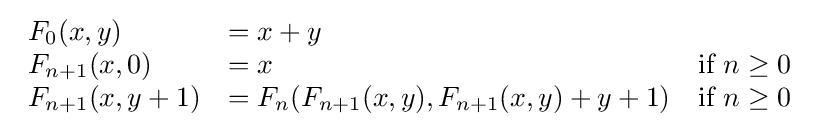
{\begin{array}{lll}F_{0}(x,y)&=x+y\\F_{n+1}(x,0)&=x&{\text{if }}n\geq 0\\F_{n+1}(x,y+1)&=F_{n}(F_{n+1}(x,y),F_{n+1}(x,y)+y+1)&{\text{if }}n\geq 0\\\end{array}}